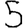
Digit: 5